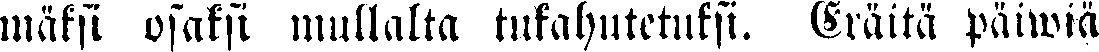
mäksi osaksi mullalta tukahutetuksi. Eräitä paiwiä